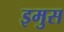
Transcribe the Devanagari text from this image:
इमुस